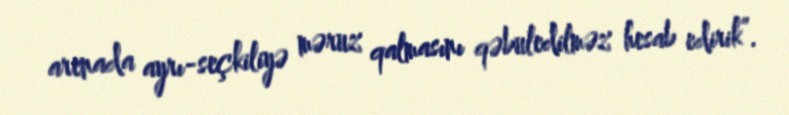
arenada ayrı-seçkiliyə məruz qalmasını qəbuledilməz hesab edirik”.